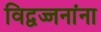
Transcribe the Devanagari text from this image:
विद्वज्जनांना